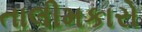
તાલીમકારો